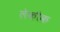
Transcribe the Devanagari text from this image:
लेकौक